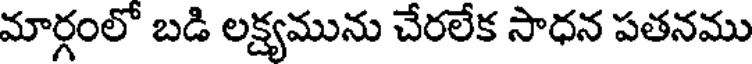
మార్గంలో బడి లక్ష్యమును చేరలేక సాధన పతనము